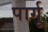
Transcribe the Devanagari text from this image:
पार्गू